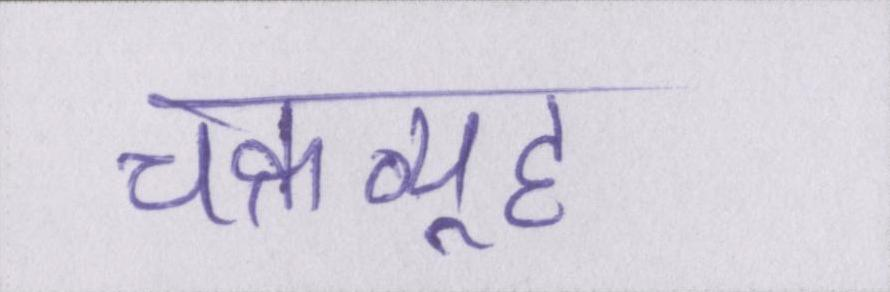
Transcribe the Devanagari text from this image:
चक्रव्यूह